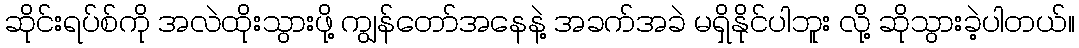
ဆိုင်းရပ်စ်ကို အလဲထိုးသွားဖို့ ကျွန်တော်အနေနဲ့ အခက်အခဲ မရှိနိုင်ပါဘူး လို့ ဆိုသွားခဲ့ပါတယ်။